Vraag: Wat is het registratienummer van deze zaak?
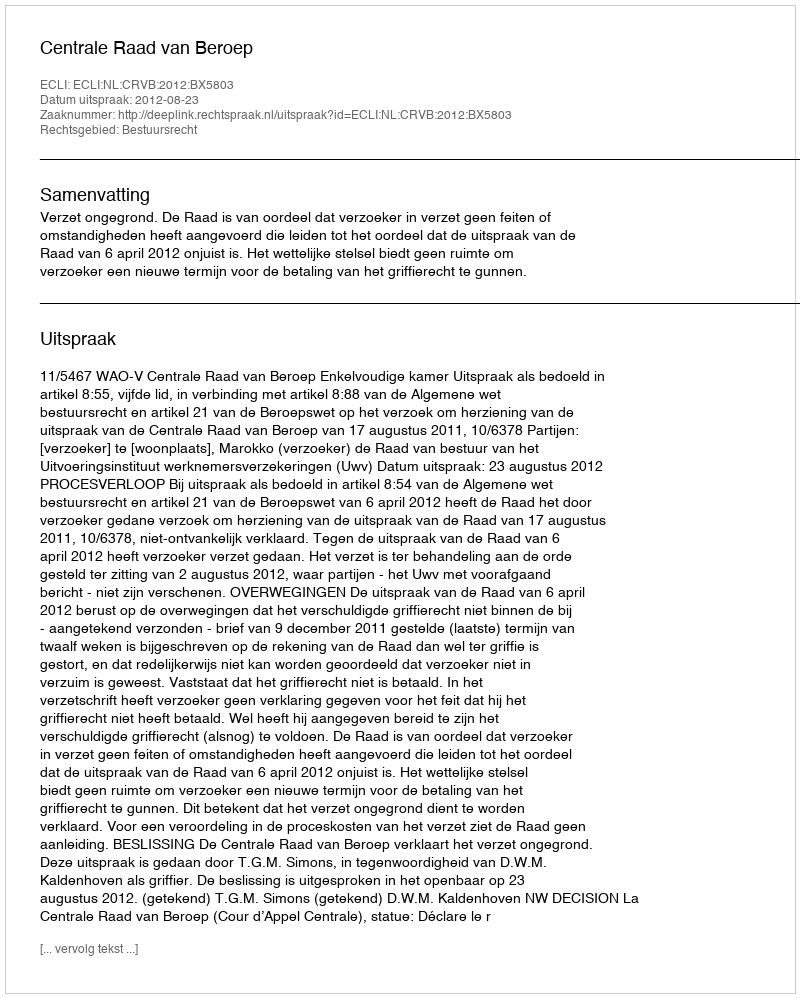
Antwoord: http://deeplink.rechtspraak.nl/uitspraak?id=ECLI:NL:CRVB:2012:BX5803